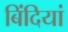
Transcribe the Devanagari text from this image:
बिंदियां